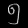
Digit: ၅